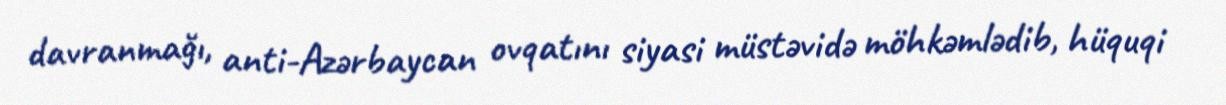
davranmağı, anti-Azərbaycan ovqatını siyasi müstəvidə möhkəmlədib, hüquqi